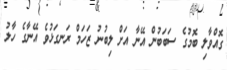
ގޮއްވާލި ބޮމުގެ ސަބަބުން އޭނާ އަށް ލިބުނު ޒަހަމް ރަނގަޅުވެ އޭނާގެ ހާލު